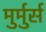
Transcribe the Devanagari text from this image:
मुर्मुर्स